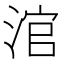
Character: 涫